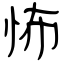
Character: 怖